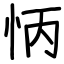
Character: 怲